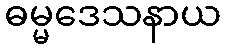
ဓမ္မဒေသနာယ